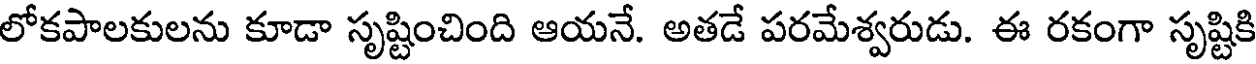
లోకపాలకులను కూడా సృష్టించింది ఆయనే. అతడే పరమేశ్వరుడు. ఈ రకంగా సృష్టికి